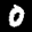
Label: 0